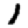
Digit: 1